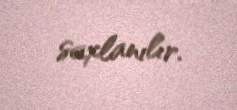
saxlanılır.